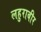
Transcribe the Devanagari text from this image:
लहुराबीर